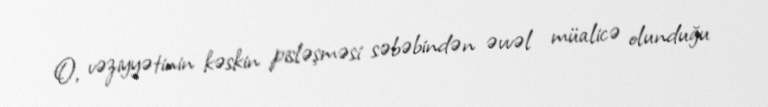
O, vəziyyətinin kəskin pisləşməsi səbəbindən əvvəl müalicə olunduğu